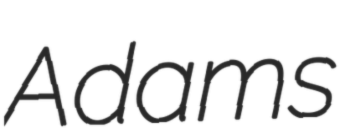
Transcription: Adams